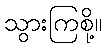
သွားကြစို့။